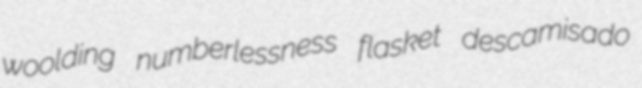
woolding numberlessness flasket descamisado